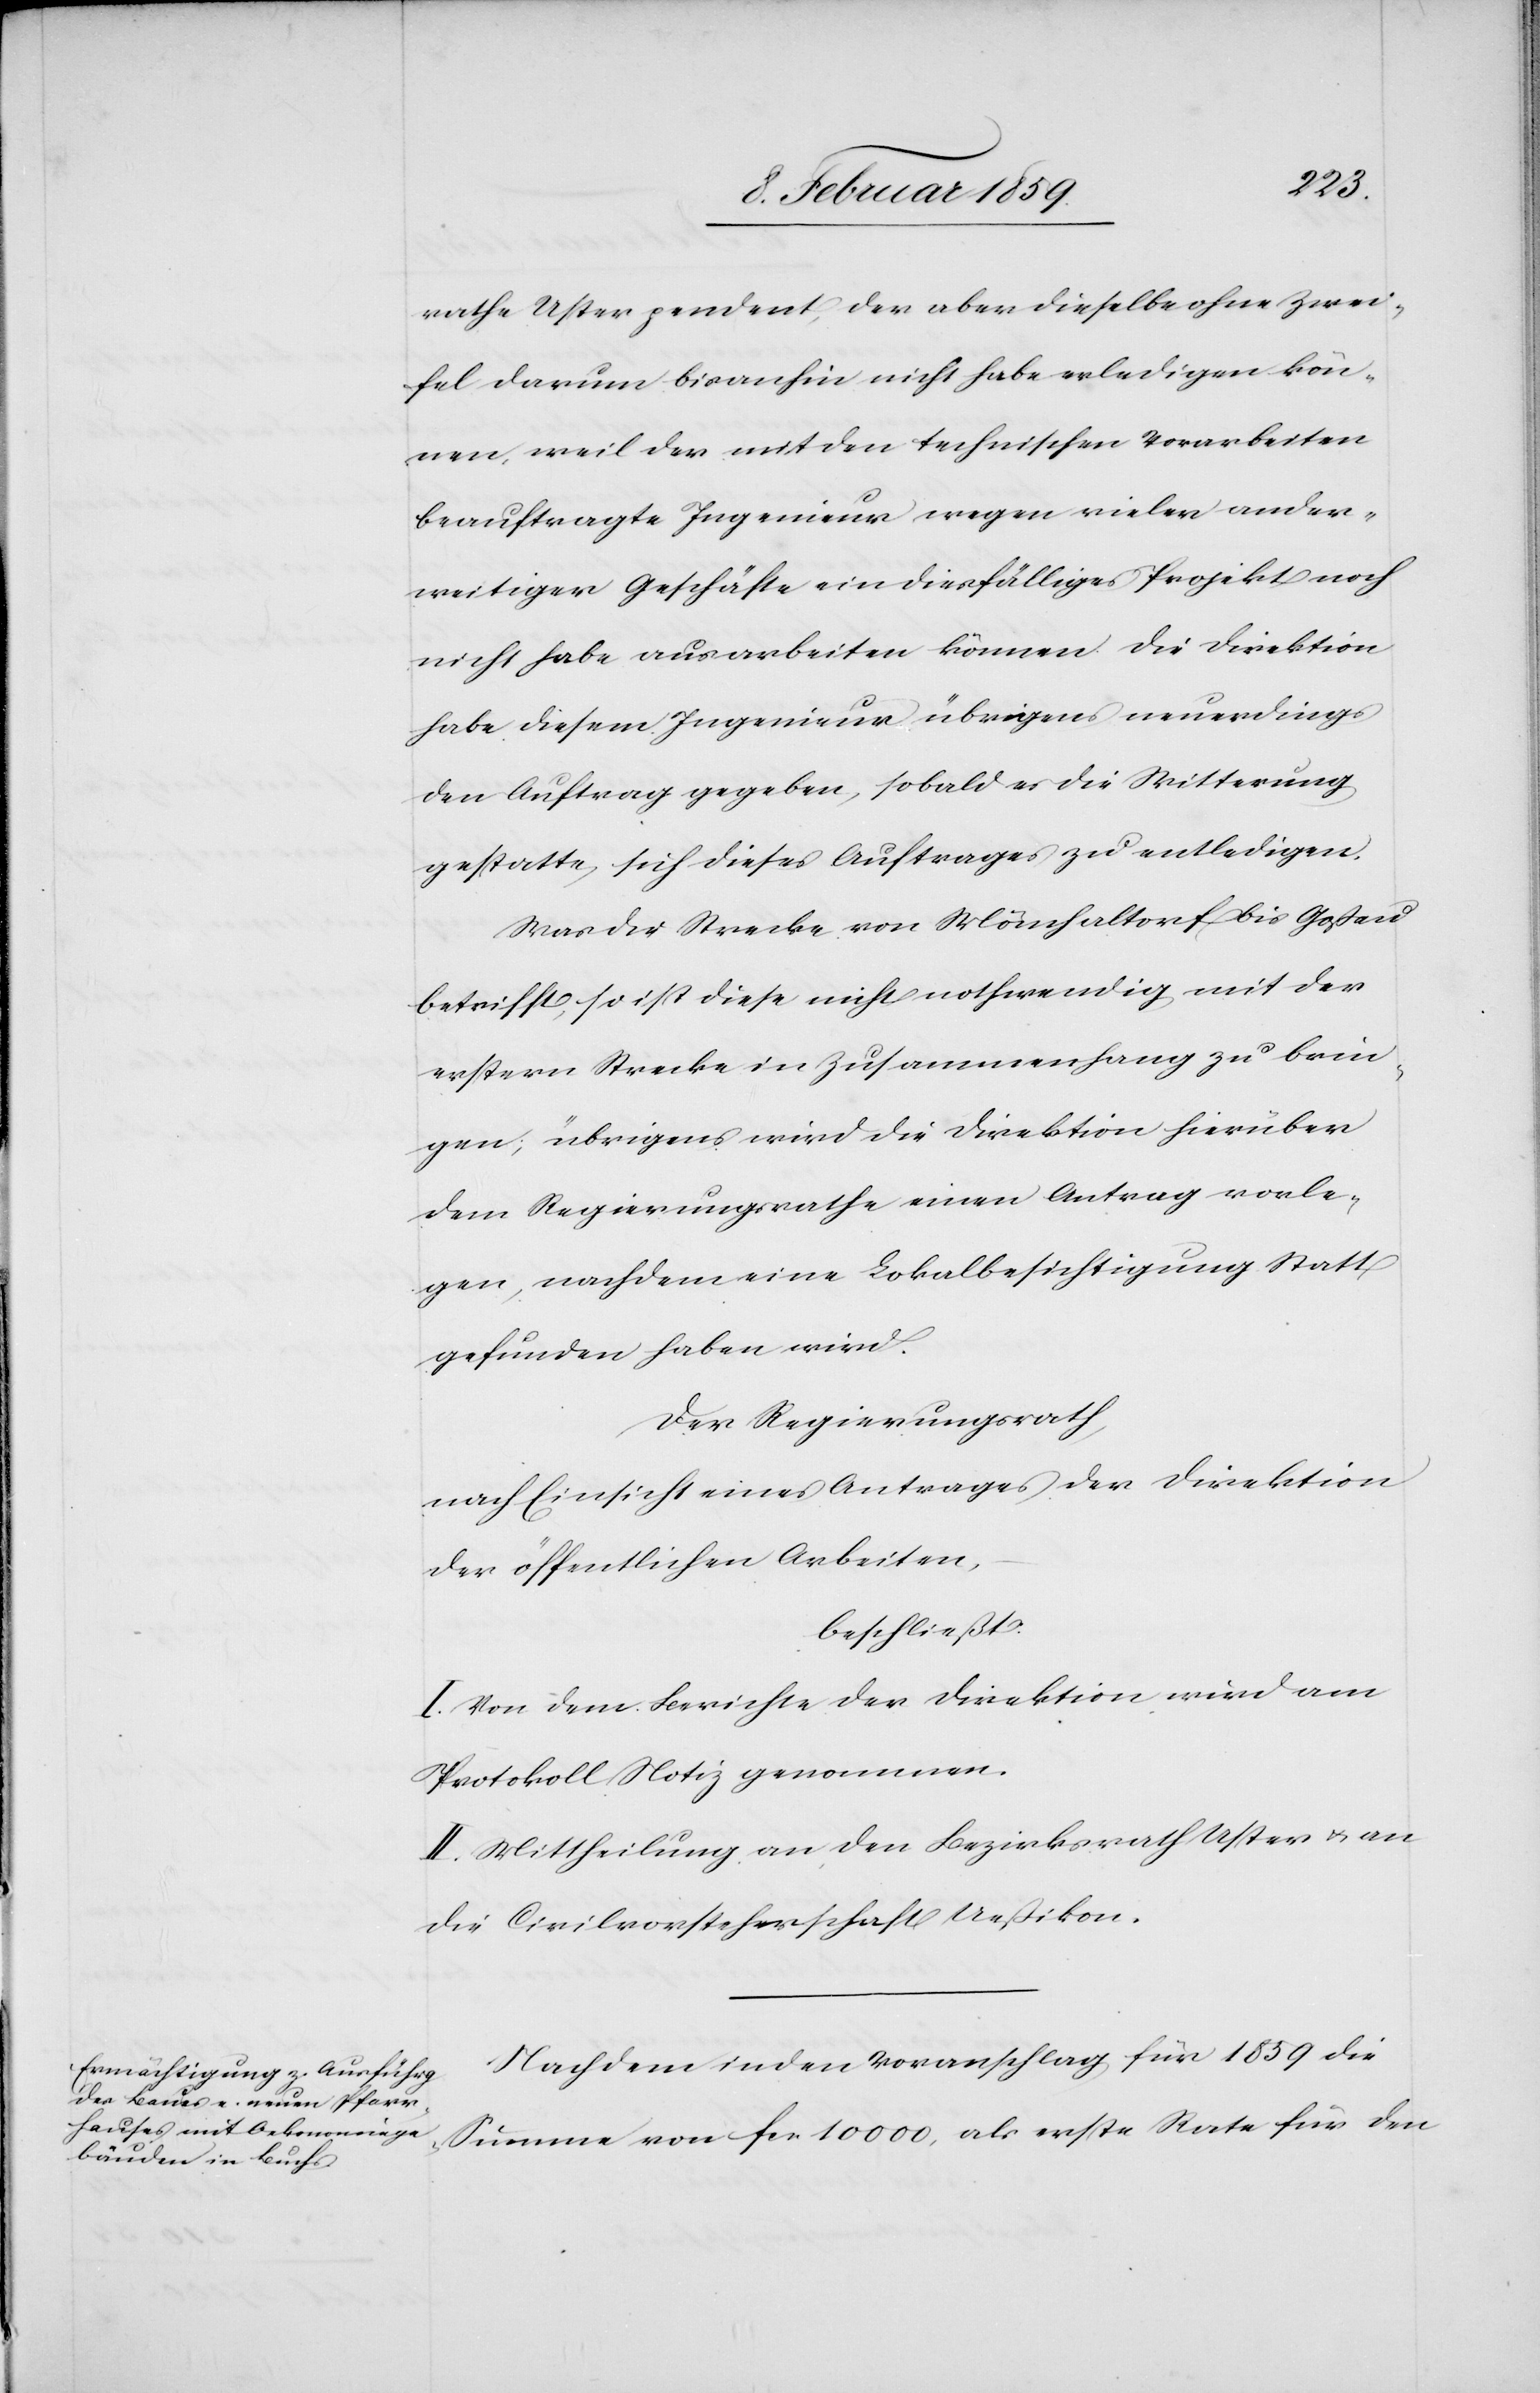
rathe Uster pendent, der aber dieselbe ohne Zwei¬
fel darum bisanhin nicht habe erledigen kön¬
nen, weil der mit den technischen Vorarbeiten
beauftragte Ingenieur wegen vieler ander¬
weitiger Geschäfte ein diesfälliges Projekt noch
nicht habe ausarbeiten können. Die Direktion
habe diesem Ingenieur übrigens neuerdings
den Auftrag gegeben, sobald es die Witterung
gestatte, sich dieses Auftrages zu entledigen.
Was die Strecke von Mönchaltorf bis Goßau
betrifft, so ist diese nicht nothwendig mit der
erstern Strecke in Zusammenhang zu brin¬
gen; übrigens wird die Direktion hierüber
dem Regierungsrathe einen Antrag vorle¬
gen, nachdem eine Lokalbesichtigung statt¬
gefunden haben wird.
Der Regierungsrath,
nach Einsicht eines Antrages der Direktion
der öffentlichen Arbeiten,
beschließt:
I. Von dem Berichte der Direktion wird am
Protokoll Notiz genommen.
II. Mittheilung an den Bezirksrath Uster u. an
die Civilvorsteherschaft Ueßikon.
Nachdem in den Voranschlag für 1859 die
Summe von fcs 10 000, als erste Rate für den